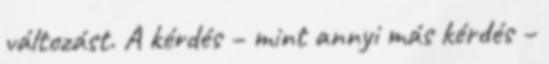
változást. A kérdés – mint annyi más kérdés –